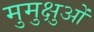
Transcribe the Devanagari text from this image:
मुमुक्षुओं